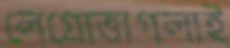
লেগ্রোত্তাগলাই